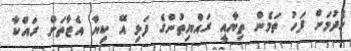
ހެދުމަށް ފަހު ތަމެން ތިޔާއީ ރައްޔިތުންގެ ފަޅި އޭ ކިޔާ އެޒާތަށް ރައްކާ